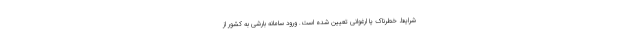
شرایط خطرناک یا ارغوانی تعیین شده است. ورود سامانه بارشی به کشور از